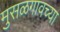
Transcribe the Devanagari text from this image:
मुसळगावच्या